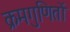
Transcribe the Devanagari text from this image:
क्रमगुणितों